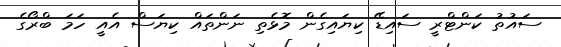
ސައުތު ކަންޓްރީ ސައިޑޭ ކިޔައިގެން މޮޅެެތި ނަންތައް ކިޔަސް އެއީ ހަމަ ބްރޯގެ